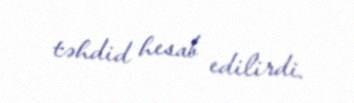
təhdid hesab edilirdi.